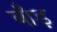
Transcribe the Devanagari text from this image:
बौड़